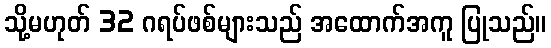
သို့မဟုတ် 32 ဂရပ်ဖစ်များသည် အထောက်အကူ ပြုသည်။